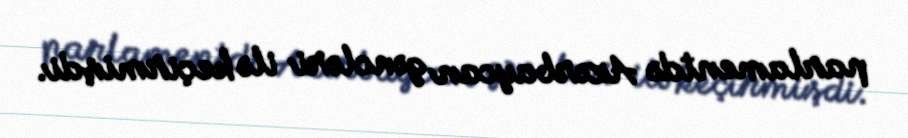
parlamentdə Azərbaycan gəncləri ilə keçirmişdi.